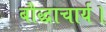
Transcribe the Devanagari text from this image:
बौद्धाचार्य।